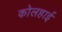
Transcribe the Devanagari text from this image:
कोलहाई